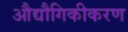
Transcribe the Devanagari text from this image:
औद्यौगिकीकरण